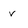
Character: V